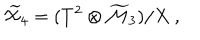
{ \widetilde { \cal X } } _ { 4 } = ( T ^ { 2 } \otimes { \widetilde { \cal M } } _ { 3 } ) / X ~ ,